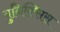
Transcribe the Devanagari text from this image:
युनिक्सिस